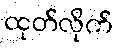
ထုတ်လိုက်